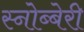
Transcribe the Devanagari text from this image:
स्नोब्बेरी